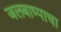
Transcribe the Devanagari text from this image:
जलबाष्पाचा